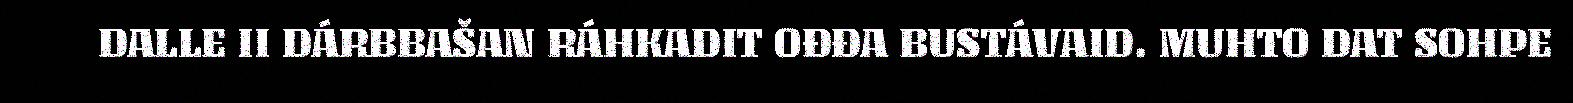
DALLE II DÁRBBAŠAN RÁHKADIT OĐĐA BUSTÁVAID. MUHTO DAT SOHPE